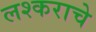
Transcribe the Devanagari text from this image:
लश्कराचे